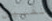
تقبيل